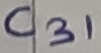
Text: C31